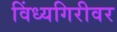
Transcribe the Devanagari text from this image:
विंध्यगिरीवर